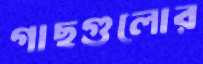
গাছগুলোর